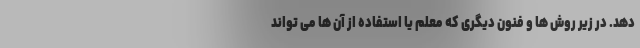
دهد. در زیر روش ها و فنون دیگری که معلم یا استفاده از آن ها می تواند